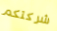
شركتكم